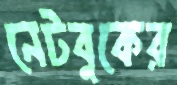
নেটবুকের